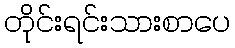
တိုင်းရင်းသားစာပေ